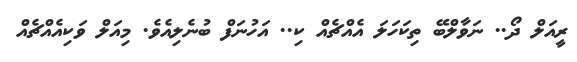
ރީއަލް ދޯ.. ނަވާލްބޭ ތިކަހަލަ އެއްޗެއް ކި.. އަހުނަފް ބުނެލިއެވެ. މިއަލް ވަކިއެއްޗެއް